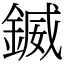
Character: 𨩆